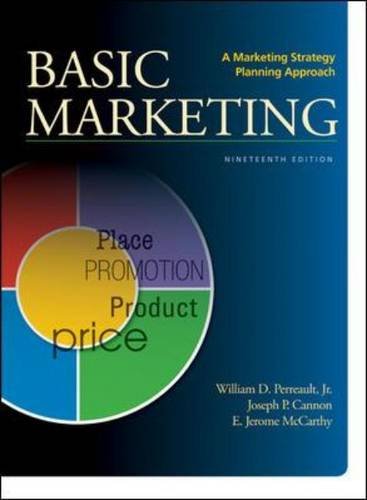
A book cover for BASIC MARKETING: A Marketing Strategy Planning Approach; Jr., William Perreault; Business & Money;